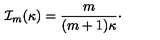
{ \cal I } _ { m } ( \kappa ) = { \frac { m } { ( m + 1 ) \kappa } } \cdotp